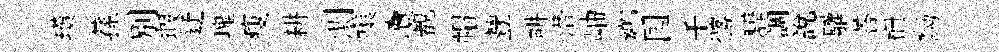
璜蓀别瑕迂塊瘦耕測嗔凟覩帽豐畊濳岫鄉国千髂驊調說驩荅栅黝